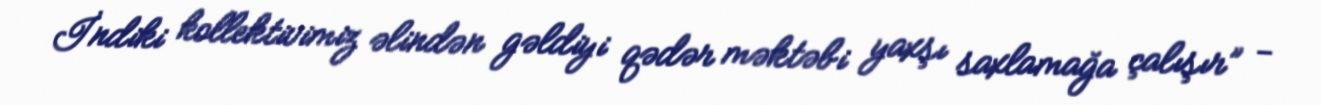
İndiki kollektivimiz əlindən gəldiyi qədər məktəbi yaxşı saxlamağa çalışır” -